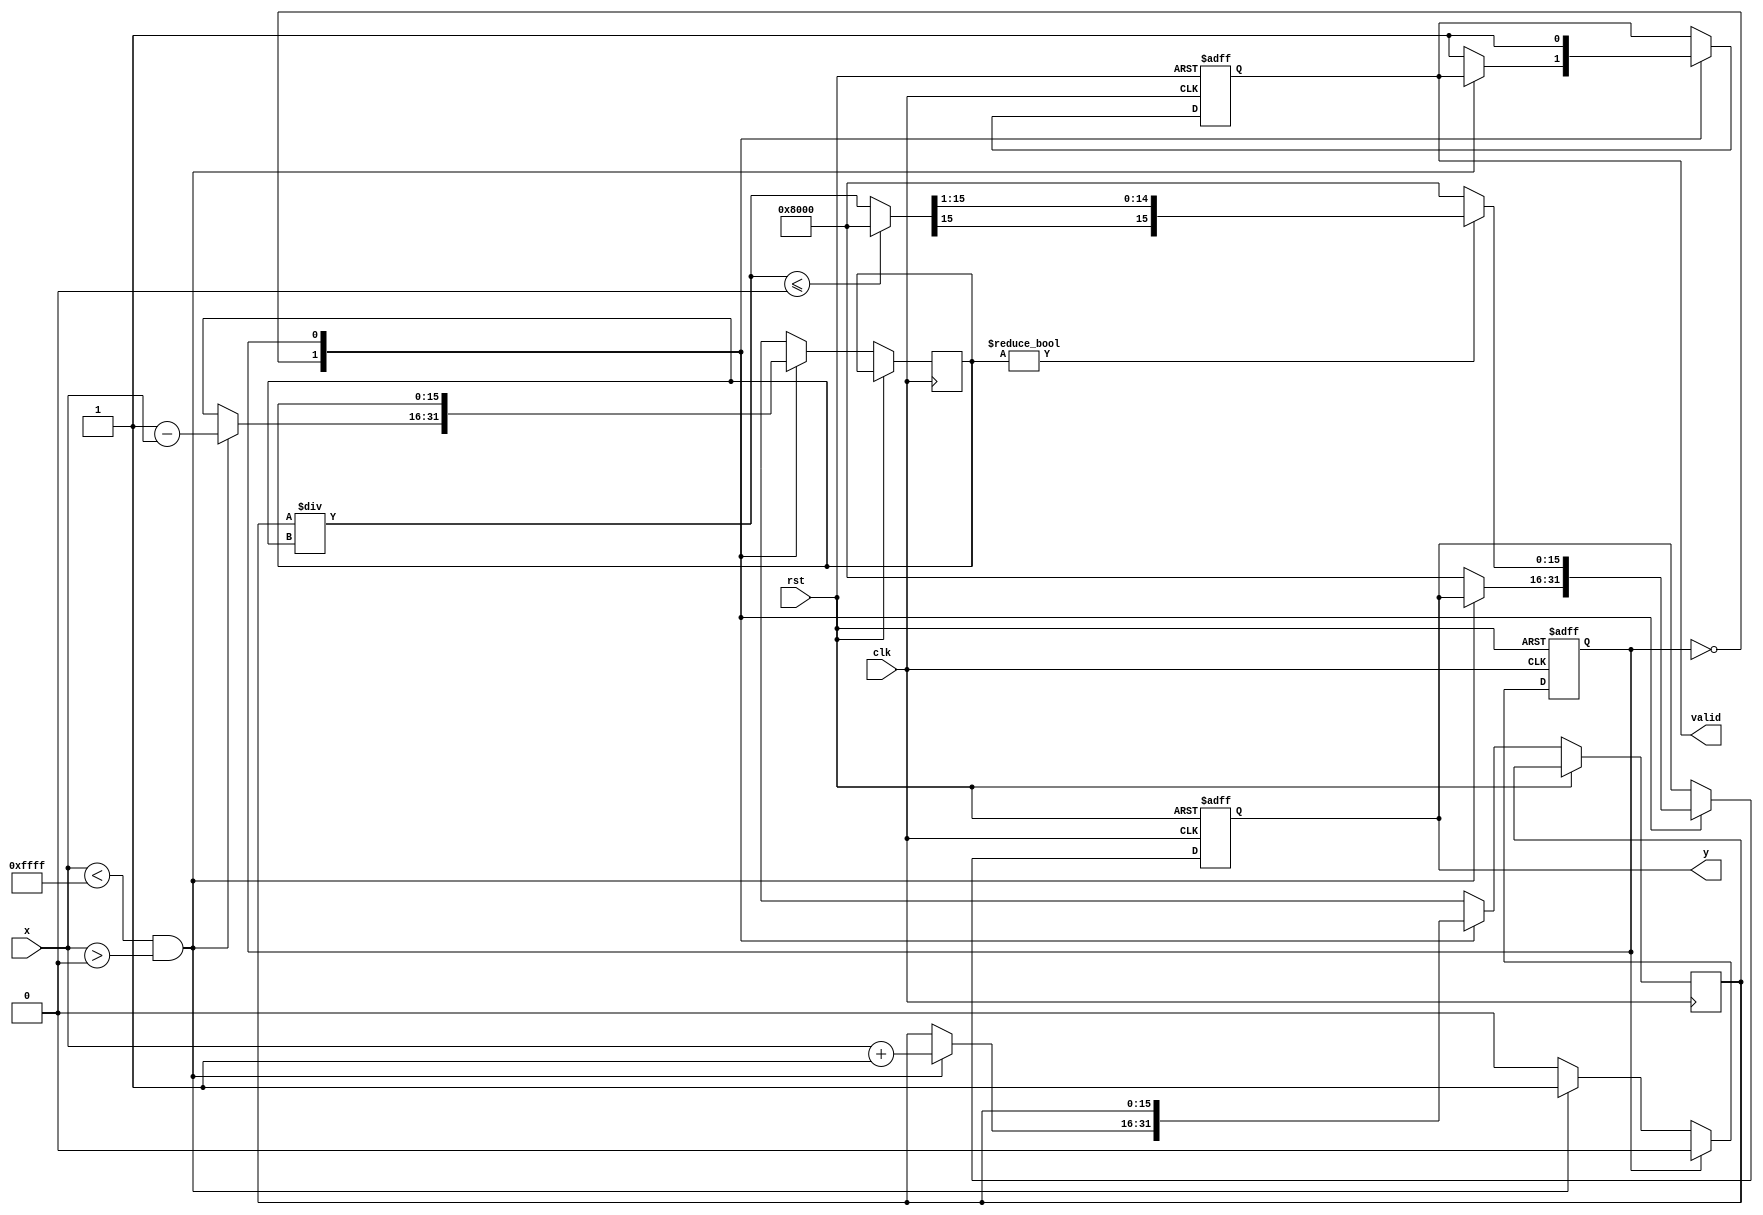
module atanh_block (
    input wire signed [15:0] x,  // 16-bit signed fixed-point input
    input wire clk,
    input wire rst,
    output reg signed [15:0] y,   // 16-bit signed fixed-point output
    output reg valid               // Output valid signal
);

    reg signed [15:0] numerator;
    reg signed [15:0] denominator;
    reg signed [15:0] log_result;
    reg state; // 0: idle, 1: compute

    // Constants
    localparam FIXED_POINT_SCALE = 16'h0001; // Scaling factor for fixed-point arithmetic
    localparam MAX_LIMIT = 16'h0000; // -1 in fixed-point
    localparam MIN_LIMIT = 16'hFFFF; // 1 in fixed-point

    // Simple logarithm function
    function signed [15:0] log2;
        input signed [15:0] in_value;
        begin
            if (in_value <= 0)
                log2 = 16'h8000; // Return error value
            else
                log2 = in_value; // Placeholder, replace with actual log approximation
        end
    endfunction

    always @(posedge clk or posedge rst) begin
        if (rst) begin
            y <= 0;
            valid <= 0;
            state <= 0;
        end else begin
            case (state)
                0: begin
                    // Check input range
                    if (x < MIN_LIMIT && x > MAX_LIMIT) begin
                        // Compute numerator and denominator
                        numerator = x + FIXED_POINT_SCALE; // 1 + x
                        denominator = FIXED_POINT_SCALE - x; // 1 - x
                        state <= 1; // Move to compute state
                    end else begin
                        // Handle out of range
                        y <= 16'h8000; // Error code, output an error value
                        valid <= 1;
                    end
                end
                1: begin
                    // Compute log(numerator / denominator)
                    if (denominator != 0) begin
                        log_result = log2(numerator / denominator); // Placeholder - replace with actual division
                        y <= log_result >>> 1; // Scale by 0.5 (divide by 2)
                        valid <= 1; // Output valid
                        state <= 0; // Go back to idle
                    end else begin
                        y <= 16'h8000; // Error code for division by zero
                        valid <= 1;
                        state <= 0; // Go back to idle
                    end
                end
            endcase
        end
    end

endmodule